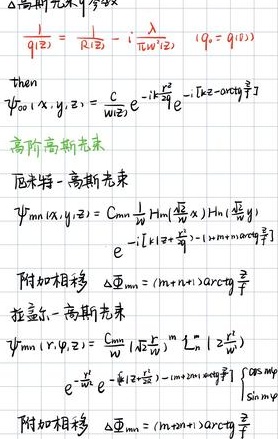
\[
\begin{align*}
\frac{1}{q(z)}&=\frac{1}{R(z)}-i\frac{\lambda}{\pi w^{2}(z)}\quad (q_{0}=q(0))\\
\text{then: }\quad \psi_{00}(x,y,z)&=\frac{c}{w(z)}e^{-i\frac{k r^{2}}{2R(z)}}e^{-\left[\frac{x^{2}+y^{2}}{w^{2}(z)}\right]}\\
\end{align*}
\]
高阶高斯光束

厄米特 - 高斯光束
\[
\begin{align*}
\psi_{mn}(x,y,z)&=C_{mn}\frac{1}{w}H_{m}\left(\frac{\sqrt{2}x}{w}\right)H_{n}\left(\frac{\sqrt{2}y}{w}\right)\\
&\quad e^{-i\left[kz+\frac{\pi}{\lambda}\omega^{2}\right]-\left[\frac{(m + n + 1)}{2}\arctan\frac{z}{f}\right]}\\
\end{align*}
\]
附加相移 \(\Delta\Phi_{mn}=(m + n + 1)\arctan\frac{z}{f}\)

拉盖尔 - 高斯光束
\[
\begin{align*}
\psi_{mn}(r,\varphi,z)&=C_{mn}\left(\frac{\sqrt{2}r}{w}\right)^{|l|}L_{m}^{|l|}\left(\frac{2r^{2}}{w^{2}}\right)\\
&\quad e^{-\frac{r^{2}}{w^{2}}}e^{-i\left[\left(2m + |l| + 1\right)\arctan\frac{z}{f}\right]}\left\{\begin{array}{l}\cos|l|\varphi\\\sin|l|\varphi\end{array}\right.\\
\end{align*}
\]
附加相移 \(\Delta\Phi_{mn}=(m + |l| + 1)\arctan\frac{z}{f}\)